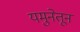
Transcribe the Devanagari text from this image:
यमुनेतून